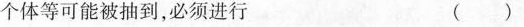
个体等可能被抽到，必须进行 ()